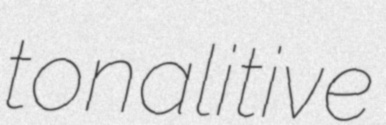
tonalitive